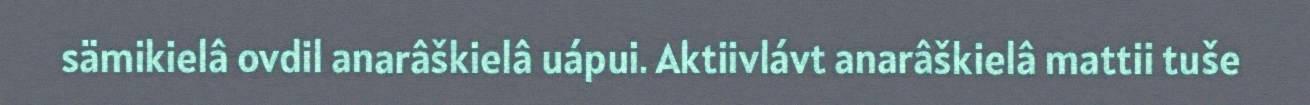
sämikielâ ovdil anarâškielâ uápui. Aktiivlávt anarâškielâ mattii tuše